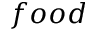
f o o d